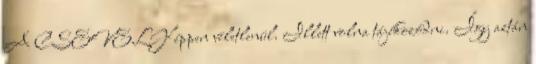
A CSEVELY éppen véletlenül. Illett volna tájékozódni. Így aztán